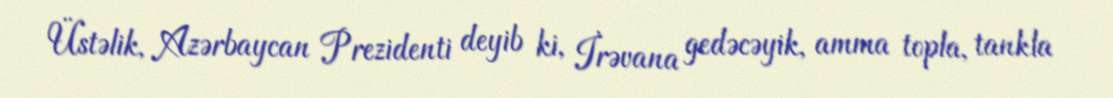
Üstəlik, Azərbaycan Prezidenti deyib ki, İrəvana gedəcəyik, amma topla, tankla